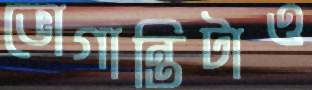
ভোগান্তিটাও